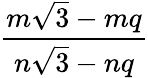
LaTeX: \frac{m{\sqrt{3}}-mq}{n{\sqrt{3}}-nq}